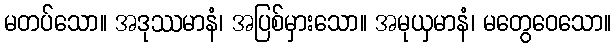
မတပ်သော။ အဒုဿမာနံ၊ အပြစ်မှားသော။ အမုယှမာနံ၊ မတွေဝေသော။